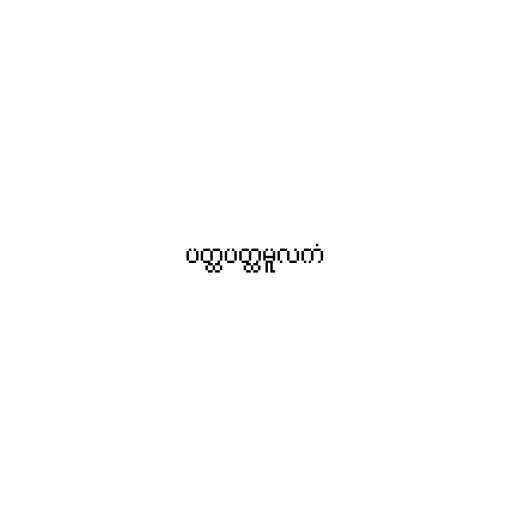
ပတ္ထပတ္ထမူလကံ